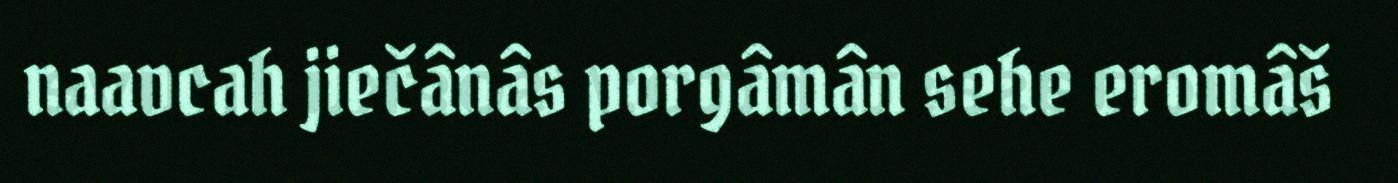
naavcah jiečânâs porgâmân sehe eromâš